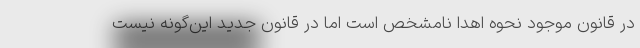
در قانون موجود نحوه اهدا نامشخص است اما در قانون جدید این‌گونه نیست